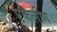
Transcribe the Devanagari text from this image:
एकलीग